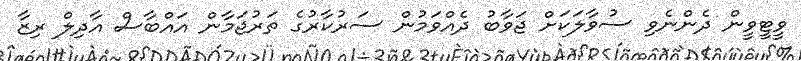
ވީޓީވީން ދެންނެވި ސުވާލަކަށް ޖަވާބު ދެއްވަމުން ސަރުކާރުގެ ތަރުޖަމާން އައްބާސް އާދިލް ރިޒާ